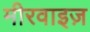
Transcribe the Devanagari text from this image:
मीरवाइज़